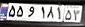
۵۵و۱۸۱۵۳